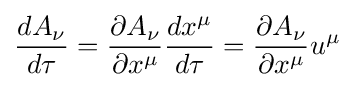
{\frac {dA_{\nu }}{d\tau }}={\frac {\partial A_{\nu }}{\partial x^{\mu }}}{\frac {dx^{\mu }}{d\tau }}={\frac {\partial A_{\nu }}{\partial x^{\mu }}}u^{\mu }